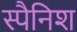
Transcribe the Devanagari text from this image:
स्‍पैनिश